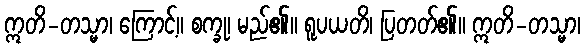
ဣတိ-တသ္မာ၊ ကြောင့်။ စက္ခု၊ မည်၏။ ရူပယတိ၊ ပြတတ်၏။ ဣတိ-တသ္မာ၊